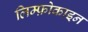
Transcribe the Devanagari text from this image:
लिम्फ़ोकाइन